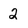
Character: 2